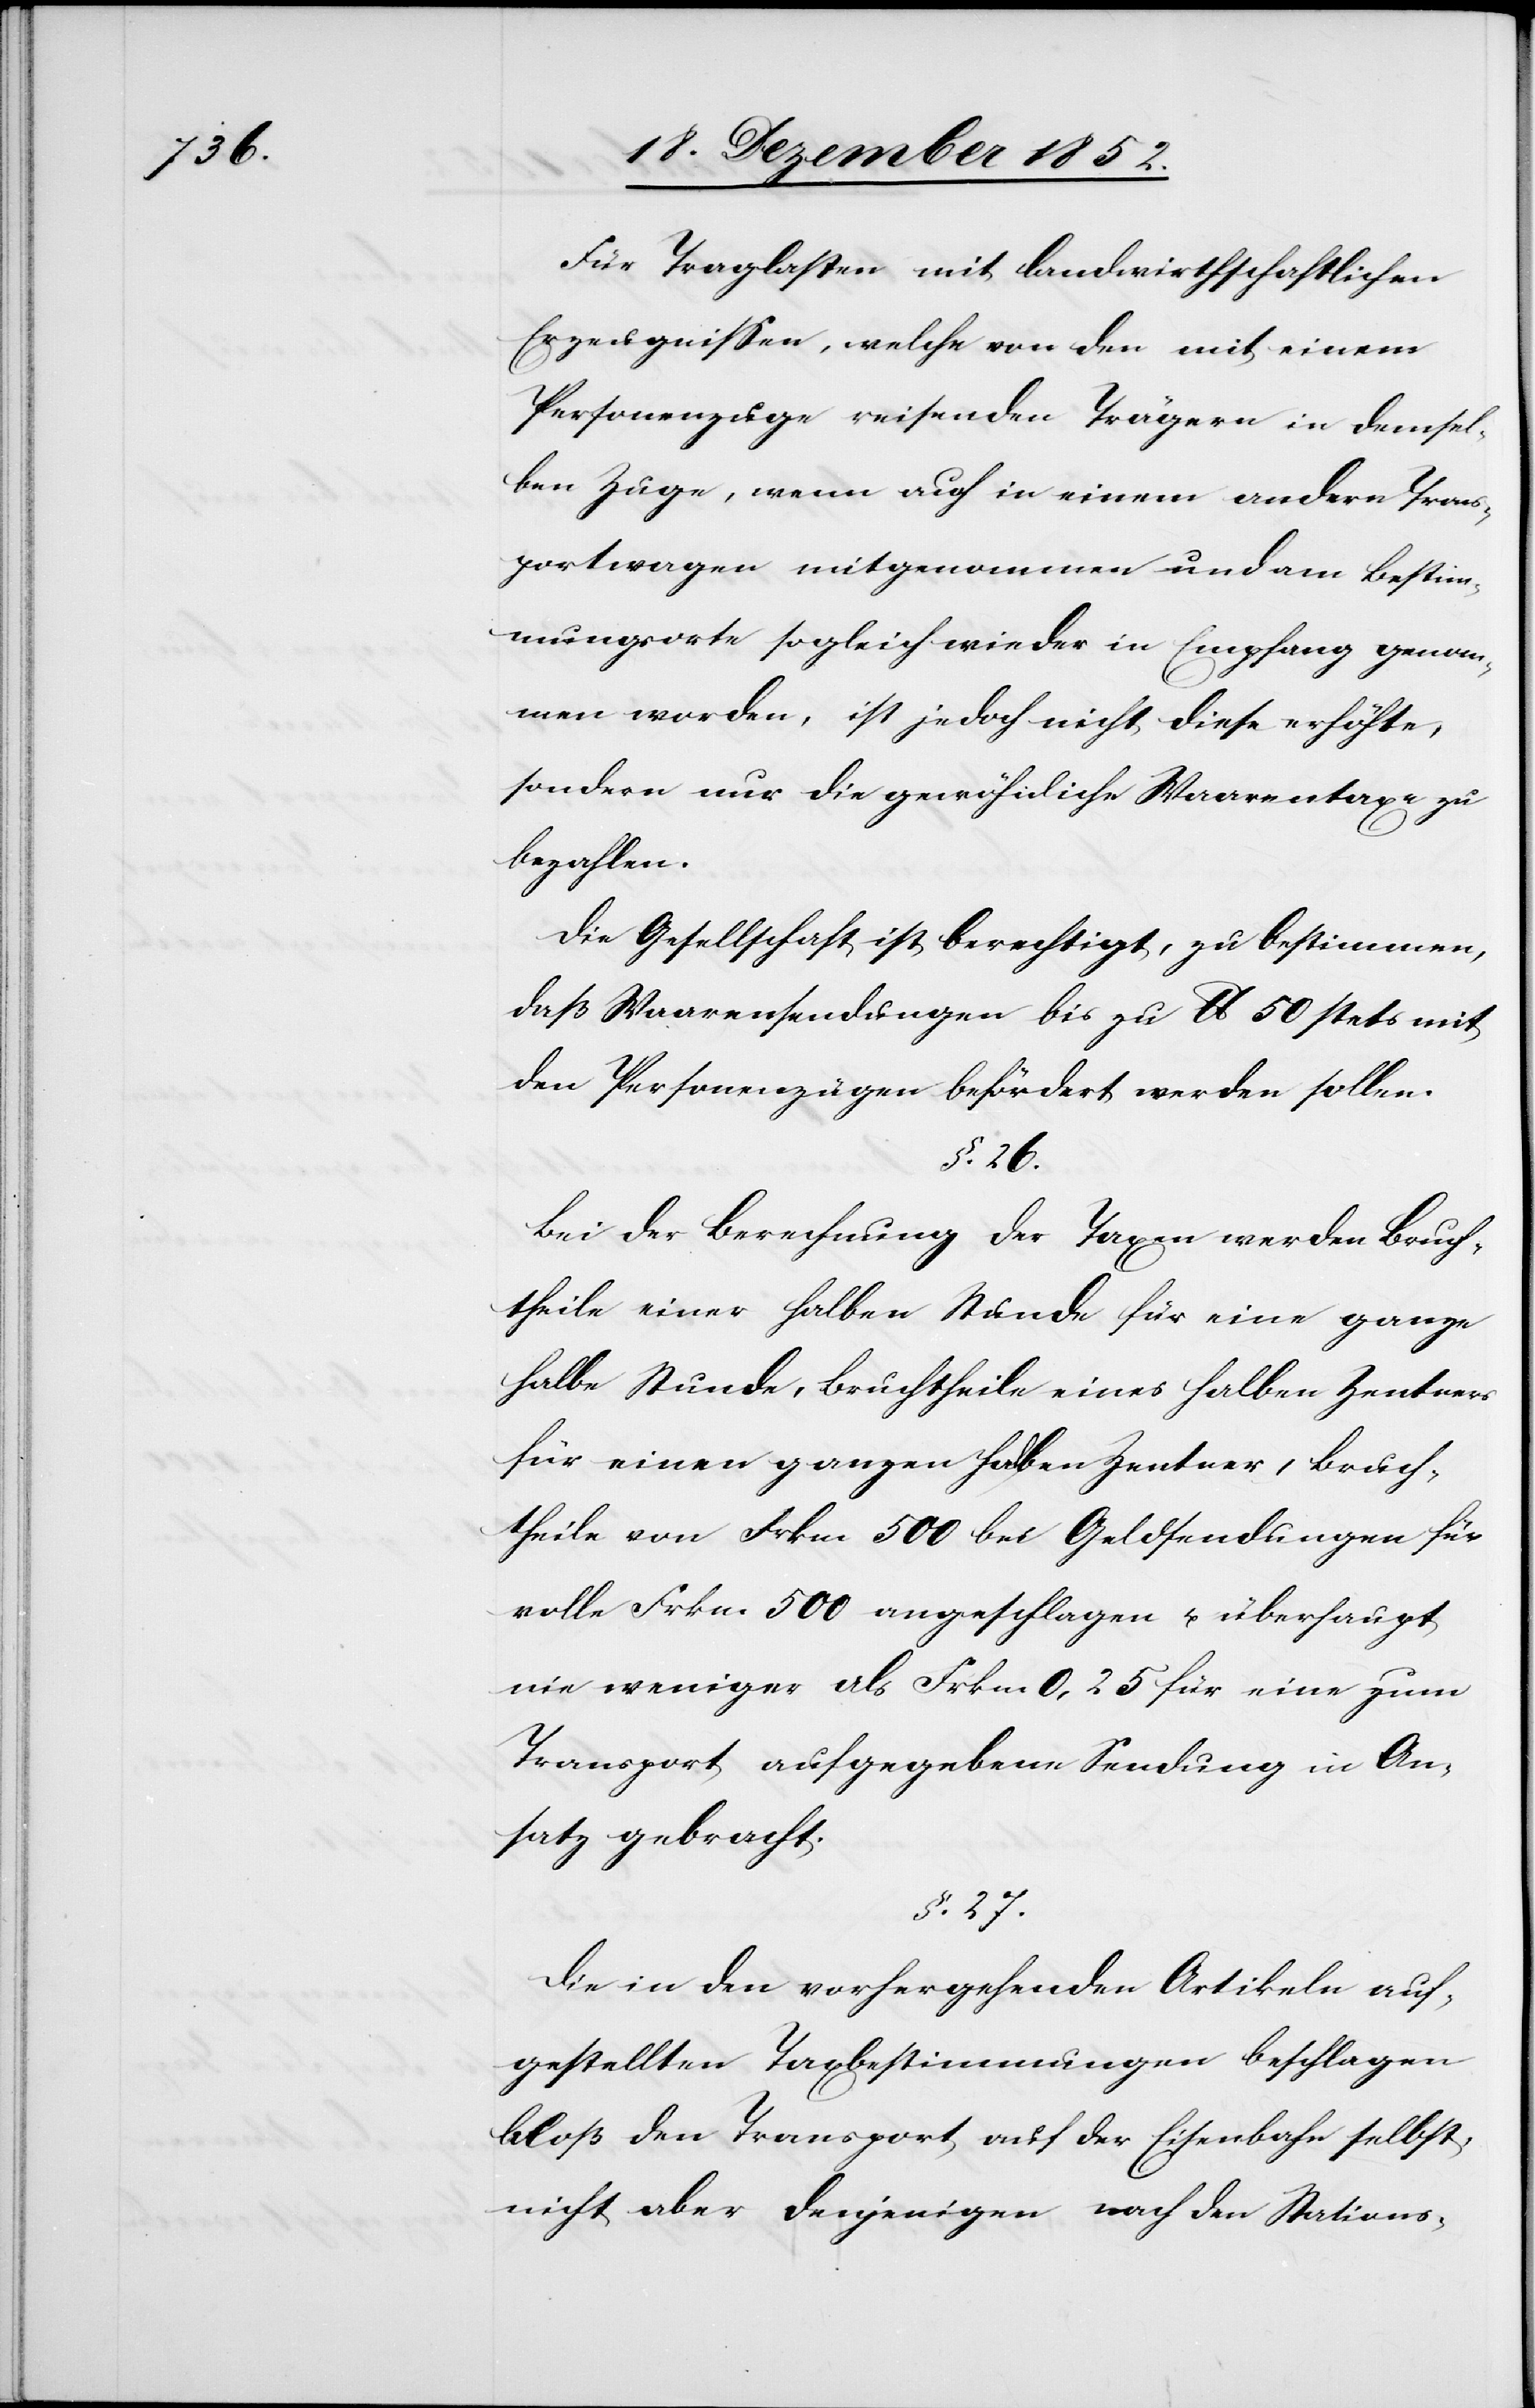
Für Traglasten mit landwirthschaftlichen
Erzeugnissen, welche von den mit einem
Personenzuge reisenden Trägern in demsel¬
ben Zuge, wenn auch in einem andern Trans¬
portwagen mitgenommen und am Bestim¬
mungsorte sogleich wieder in Empfang genommen
[recte: werden], ist jedoch nicht diese erhöhte,
sondern nur die gewöhnliche Waarentaxe zu
bezahlen.
Die Gesellschaft ist berechtigt, zu bestimmen,
daß Waarensendungen bis zu lb 50 stets mit
den Personenzügen befördert werden sollen.
§. 26.
Bei der Berechnung der Taxen werden Bruch¬
theile einer halben Stunde für eine ganze
halbe Stunde, Bruchtheile eines halben Zentners
für einen ganzen halben Zentner, Bruch¬
theile von Frkn. 500 bei Geldsendungen für
volle Frkn. 500 angeschlagen u. überhaupt
nie weniger als Frkn. 0,25 für eine zum
Transport aufgegebene Sendung in An¬
satz gebracht.
§. 27.
Die in den vorhergehenden Artikeln auf¬
gestellten Taxbestimmungen beschlagen
bloß den Transport auf der Eisenbahn selbst,
nicht aber denjenigen nach den Stations-